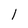
Character: l